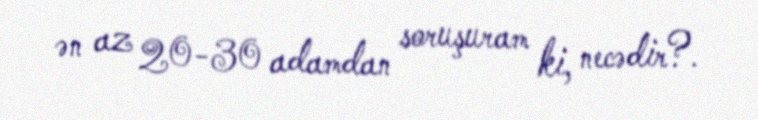
ən az 20-30 adamdan soruşuram ki, necədir?.